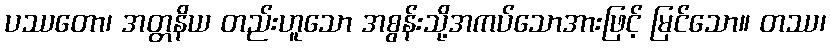
ပဿတော၊ အတ္တနိယ တည်းဟူသော အစွန်းသို့အကပ်သောအားဖြင့် မြင်သော။ တဿ၊